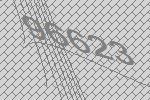
96623